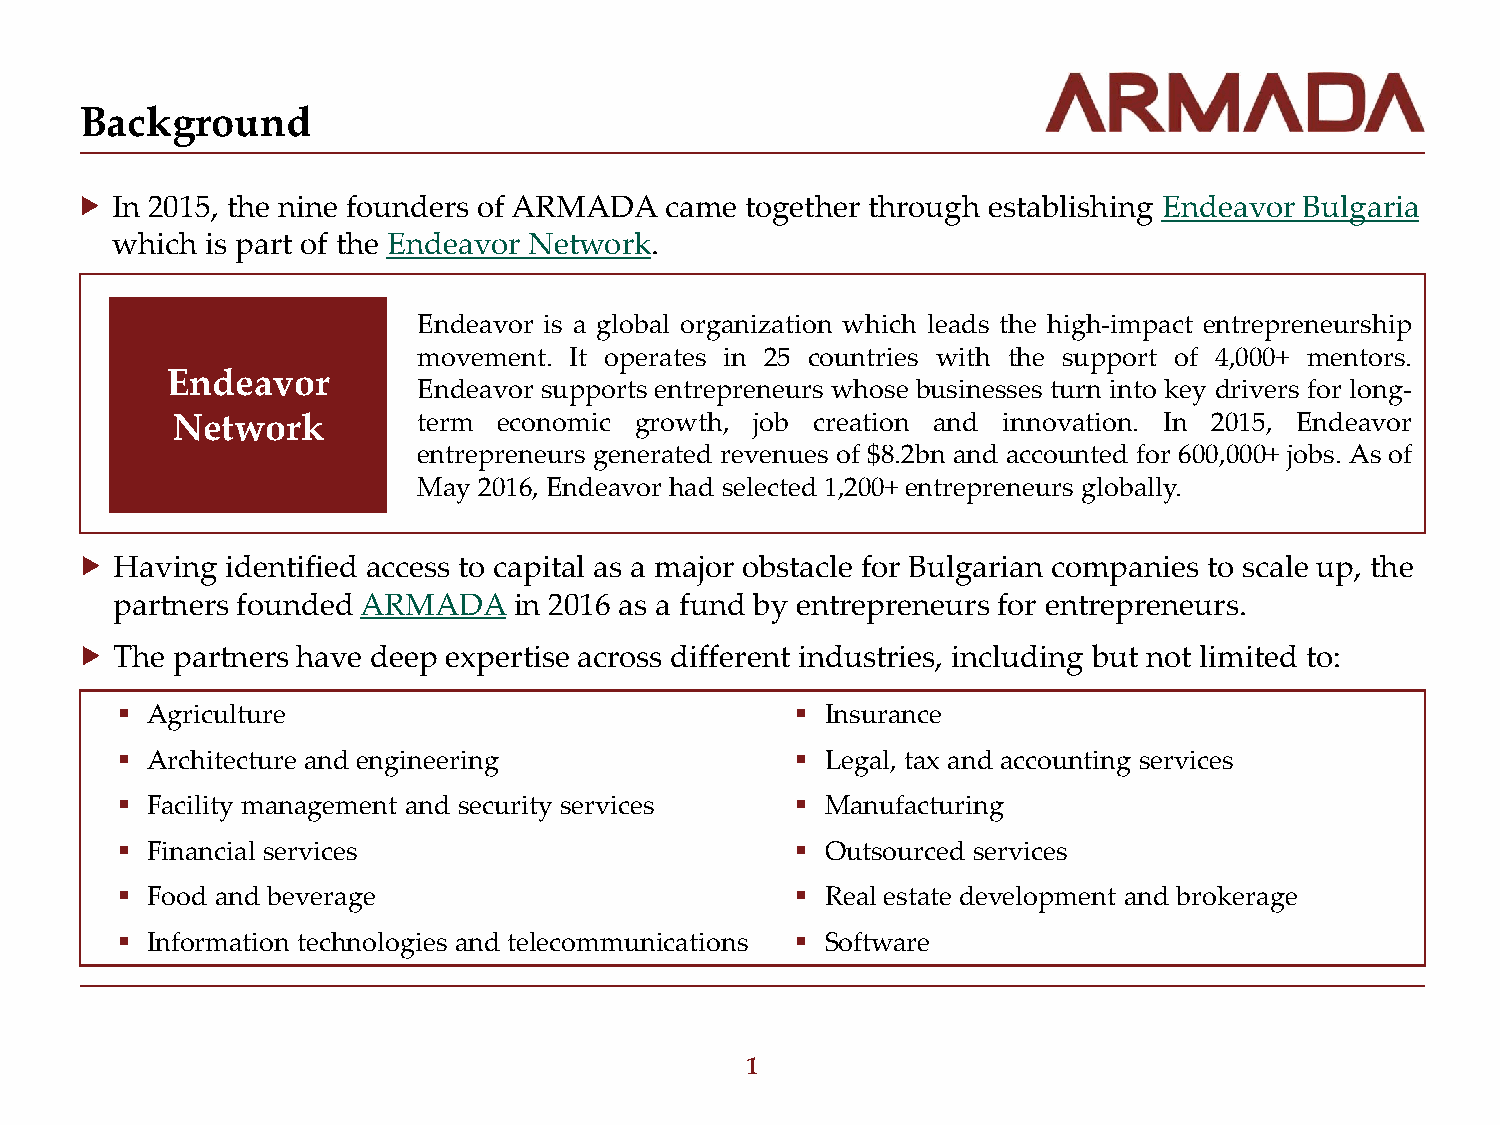
Background
  In 2015, the nine founders of ARMADA came together through establishing Endeavor Bulgaria
 which  is part of the Endeavor Network.
 Endeavor is a global organization which leads the high-impact entrepreneurship
 movement. It operates in 25 countries with the support of 4,000+ mentors.
 Endeavor
 Endeavor supports entrepreneurs whose businesses turn into key drivers for long-
 Network          term economic growth, job creation and innovation. In 2015, Endeavor
 entrepreneurs generated revenues of $8.2bn and accounted for 600,000+ jobs. As of
 May 2016, Endeavor had selected 1,200+ entrepreneurs globally.
   Having identified access to capital as a major obstacle for Bulgarian companies to scale up, the
 partners founded ARMADA   in 2016 as a fund by entrepreneurs for entrepreneurs.
   The partners have deep expertise across different industries, including but not limited to:
  Agriculture                                 Insurance
  A rchitecture and engineering               Legal, tax and accounting services
  F acility management and security services  Manufacturing
  F inancial services                         Outsourced services
  F ood and beverage                          Real estate development and brokerage
  Information technologies and telecommunications  Software
 1